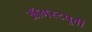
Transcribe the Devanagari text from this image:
ऑगस्टपूर्वी